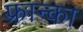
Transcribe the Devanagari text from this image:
फ्रान्का